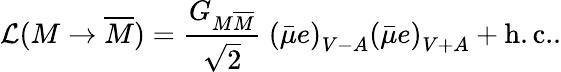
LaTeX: {\cal L}(M\rightarrow\overline{{{M}}})={\frac{G_{M\overline{{{M}}}}}{\sqrt{2}}}~\left(\bar{\mu}e\right)_{V-A}\left(\bar{\mu}e\right)_{V+A}+\mathrm{h.c.}.